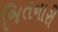
જિતનારી